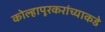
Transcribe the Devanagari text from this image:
कोल्हापूरकरांच्याकडे